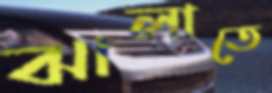
ঝালাতে